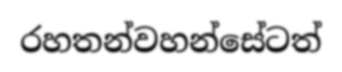
රහතන්වහන්සේටත්